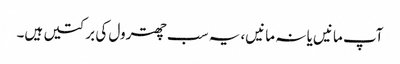
آپ مانیں یا نہ مانیں، یہ سب چھترول کی برکتیں ہیں۔